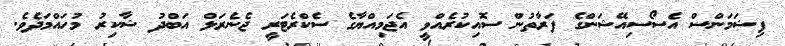
ފިޝަމަންސް އެސޯސިއޭޝަންގެ ފަރާތުން ސޮއިކުރެއްވީ އެޖަމިއްޔާގެ ސެކްރެޓަރީ ޖެނެރަލް އަބްދު ޝާކިރު މުހައްމަދެވެ.